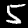
Label: 5